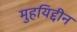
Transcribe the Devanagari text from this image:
मुहयिद्दीन